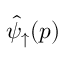
\hat { \psi } _ { \uparrow } ( p )